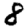
Digit: 8